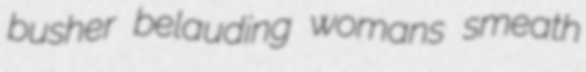
busher belauding womans smeath